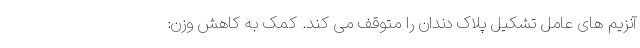
آنزیم های عامل تشکیل پلاک دندان را متوقف می کند. کمک به کاهش وزن: